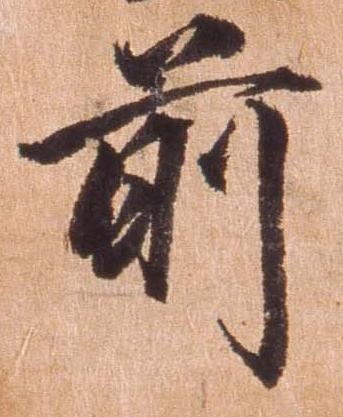
前